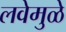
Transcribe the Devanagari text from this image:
लवेमुळे